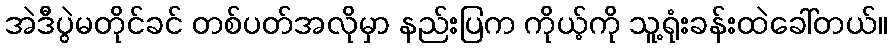
အဲဒီပွဲမတိုင်ခင် တစ်ပတ်အလိုမှာ နည်းပြက ကိုယ့်ကို သူ့ရုံးခန်းထဲခေါ်တယ်။